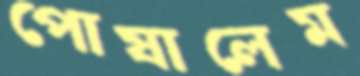
পোষালেম